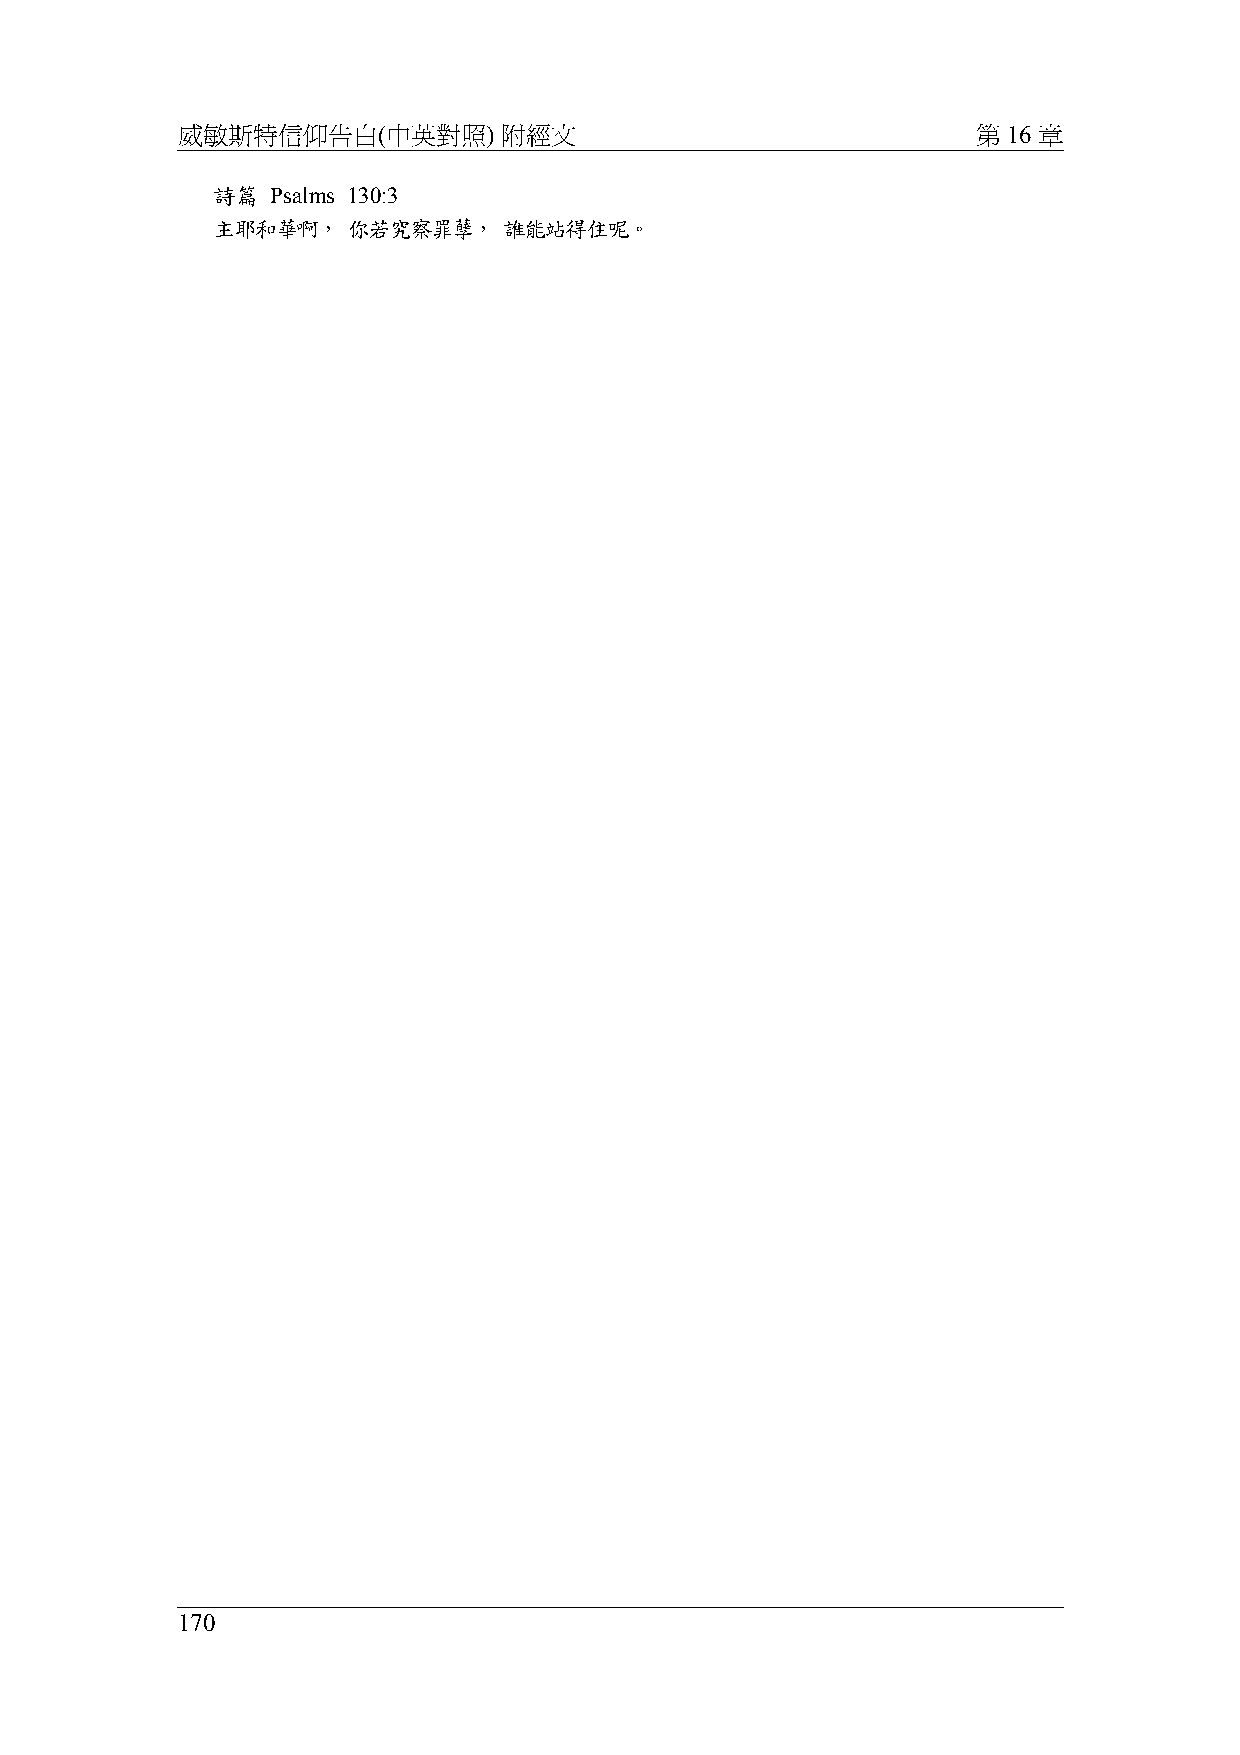
威敏斯特信仰告白(中英對照)       附經文                             第 16 章
 詩篇  Psalms 130:3
 主耶和華啊，   你若究察罪孽，   誰能站得住呢。
 170